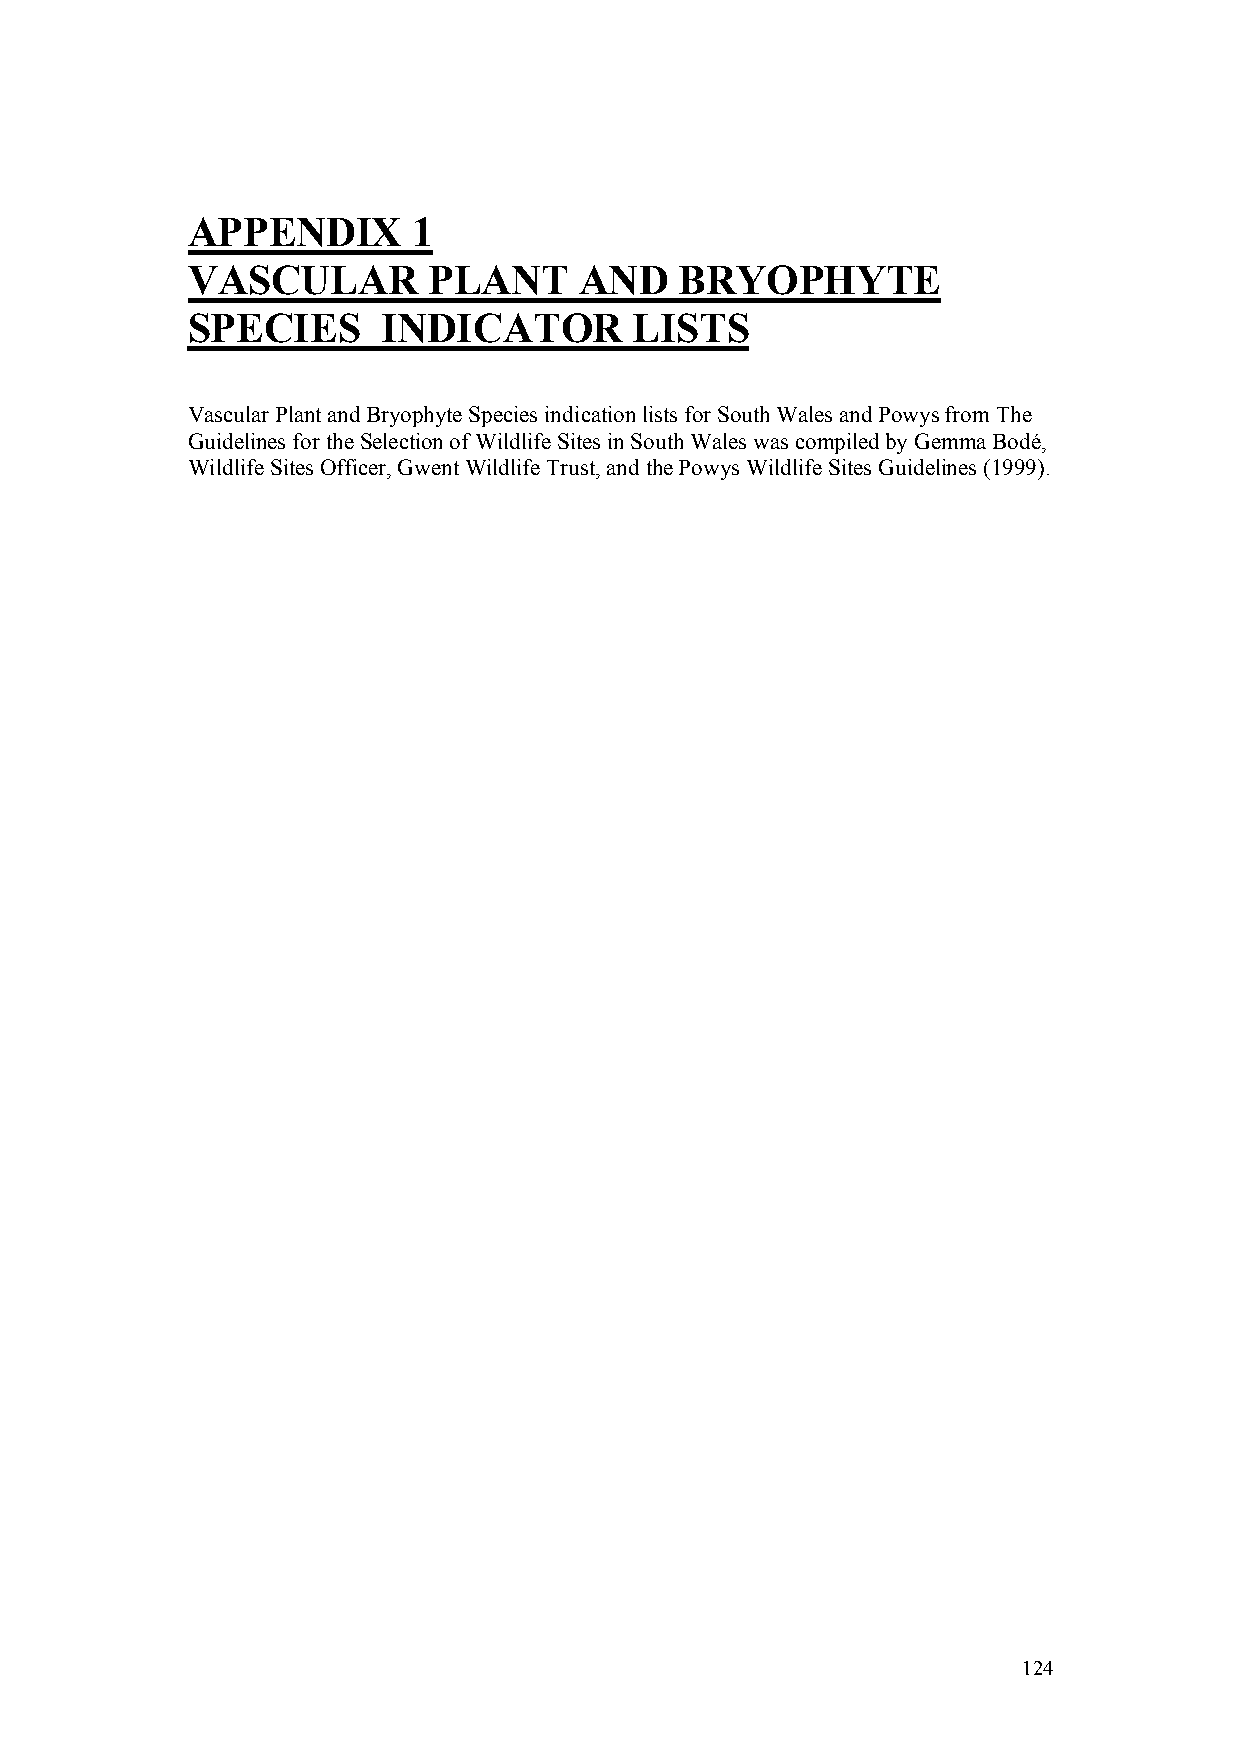
APPENDIX       1
 VASCULAR        PLANT     AND    BRYOPHYTE
 SPECIES      INDICATOR        LISTS
 Vascular Plant and Bryophyte Species indication lists for South Wales and Powys from The
 Guidelines for the Selection of Wildlife Sites in South Wales was compiled by Gemma Bodé,
 Wildlife Sites Officer, Gwent Wildlife Trust, and the Powys Wildlife Sites Guidelines (1999).
 124